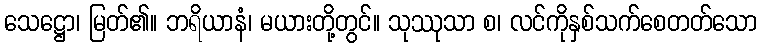
သေဋ္ဌော၊ မြတ်၏။ ဘရိယာနံ၊ မယားတို့တွင်။ သုဿုသာ စ၊ လင်ကိုနှစ်သက်စေတတ်သော